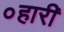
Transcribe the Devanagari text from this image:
०हारी